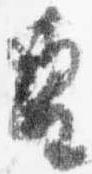
皇